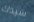
سيدك